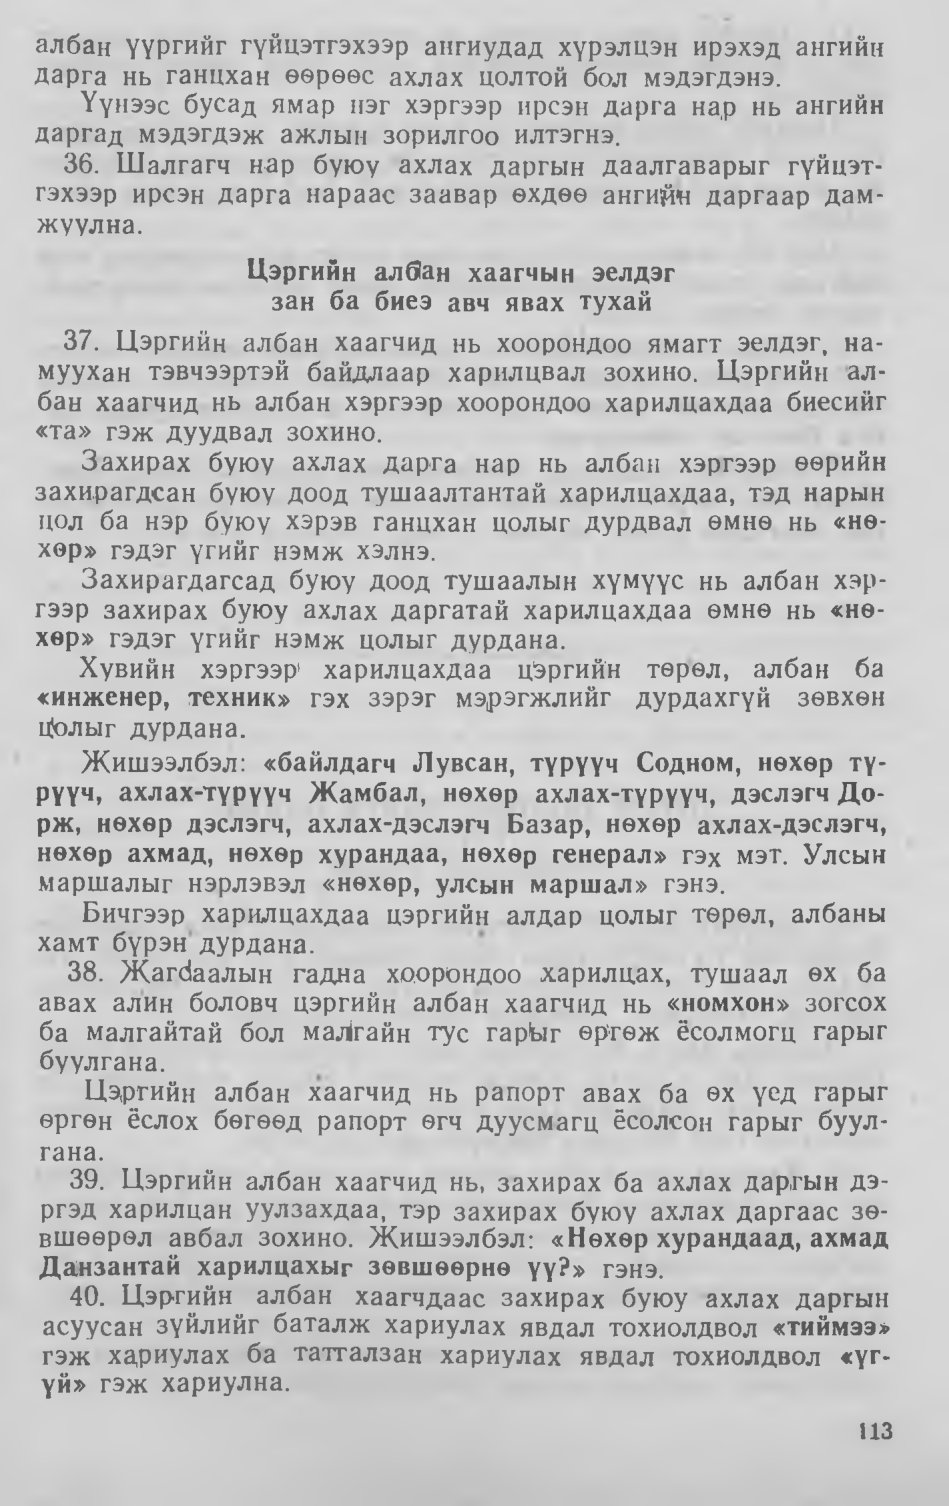
Language: mn